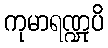
ကုမာရဏ္ဍုပိ